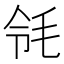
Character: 𣬹